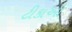
ટીકાઓ